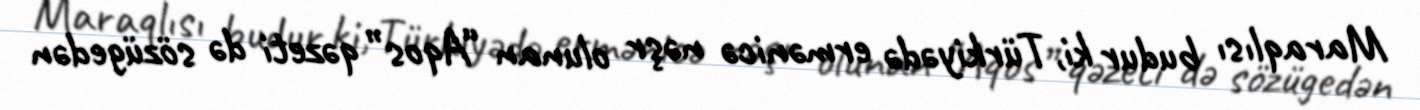
Maraqlısı budur ki, Türkiyədə ermənicə nəşr olunan “Aqos” qəzeti də sözügedən